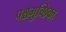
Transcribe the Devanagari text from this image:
पश्चगुच्छिका